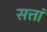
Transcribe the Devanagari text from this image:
सत्तां